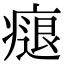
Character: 㾼